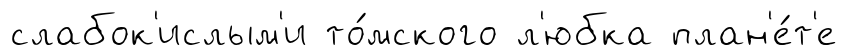
слабок'ислым'и то́мского л'юбка план'е́т'е